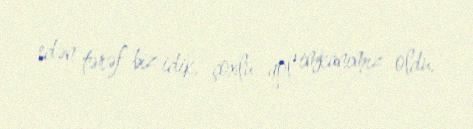
edən tərəf biz idik, çoxlu qol imkanımız oldu.